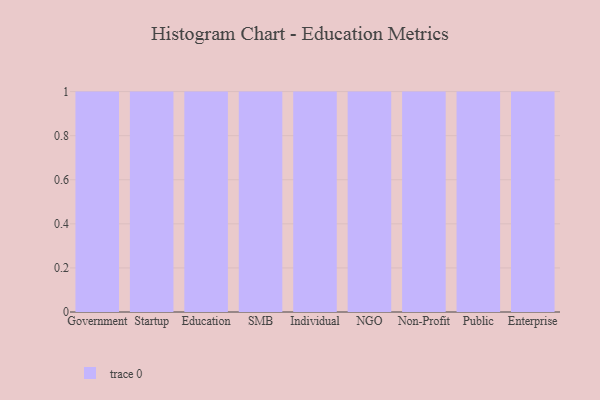
{"axis": {"x": "Segment", "y": "Tickets Resolved"}, "legend": [""], "data": [{"x": "Government", "y": 60, "type": ""}, {"x": "Startup", "y": 56, "type": ""}, {"x": "Education", "y": 54, "type": ""}, {"x": "SMB", "y": 8, "type": ""}, {"x": "Individual", "y": 78, "type": ""}, {"x": "NGO", "y": 74, "type": ""}, {"x": "Non-Profit", "y": 63, "type": ""}, {"x": "Public", "y": 30, "type": ""}, {"x": "Enterprise", "y": 12, "type": ""}]}